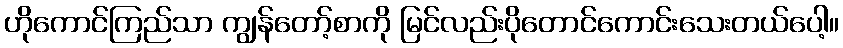
ဟိုကောင်ကြည်သာ ကျွန်တော့်စာကို မြင်လည်းပိုတောင်ကောင်းသေးတယ်ပေါ့။